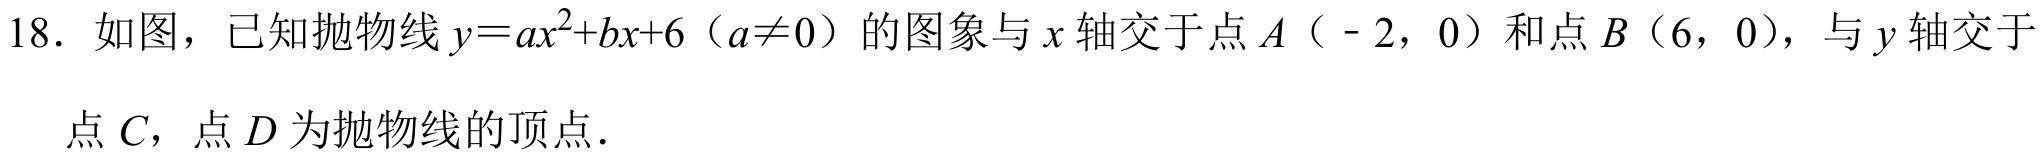
18. 如图，已知抛物线\(y = ax^{2}+bx + 6（a\neq0）\)的图象与\(x\)轴交于点\(A（ - 2,0）\)和点\(B（6,0）\)，与\(y\)轴交于
点\(C\)，点\(D\)为抛物线的顶点．